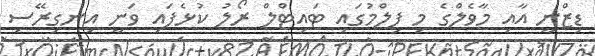
ޑިޒްނީ އާއި މާވެލްގެ މި ފިލްމުގައި ޓައިޓްލް ރޯލު ކުޅެފައި ވަނީ އިނގިރޭސި